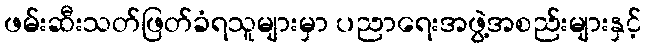
ဖမ်းဆီးသတ်ဖြတ်ခံရသူများမှာ ပညာရေးအဖွဲ့အစည်းများနှင့်